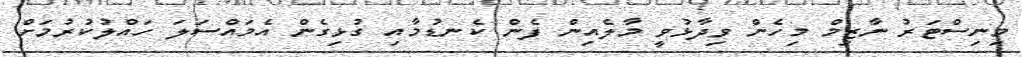
މިނިސްޓަރު ނާޒިމް މިހެން ވިދާޅުވީ މާލެއިން ފެން ކެނޑުމާއި ގުޅިގެން އެމައްސަލަ ހައްލުކުރުމަށް